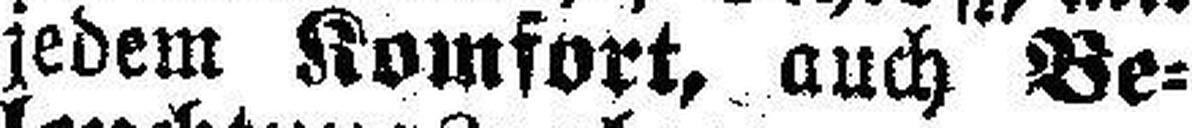
jedem Komfort, auch Be¬